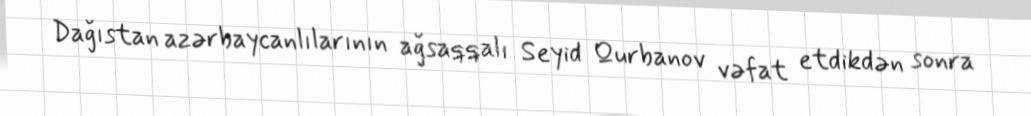
Dağıstan azərbaycanlılarının ağsaqqalı Seyid Qurbanov vəfat etdikdən sonra